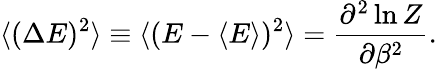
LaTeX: \langle(\Delta E)^{2}\rangle\equiv\langle(E-\langle E\rangle)^{2}\rangle={\frac{\partial^{2}\ln Z}{\partial\beta^{2}}}.